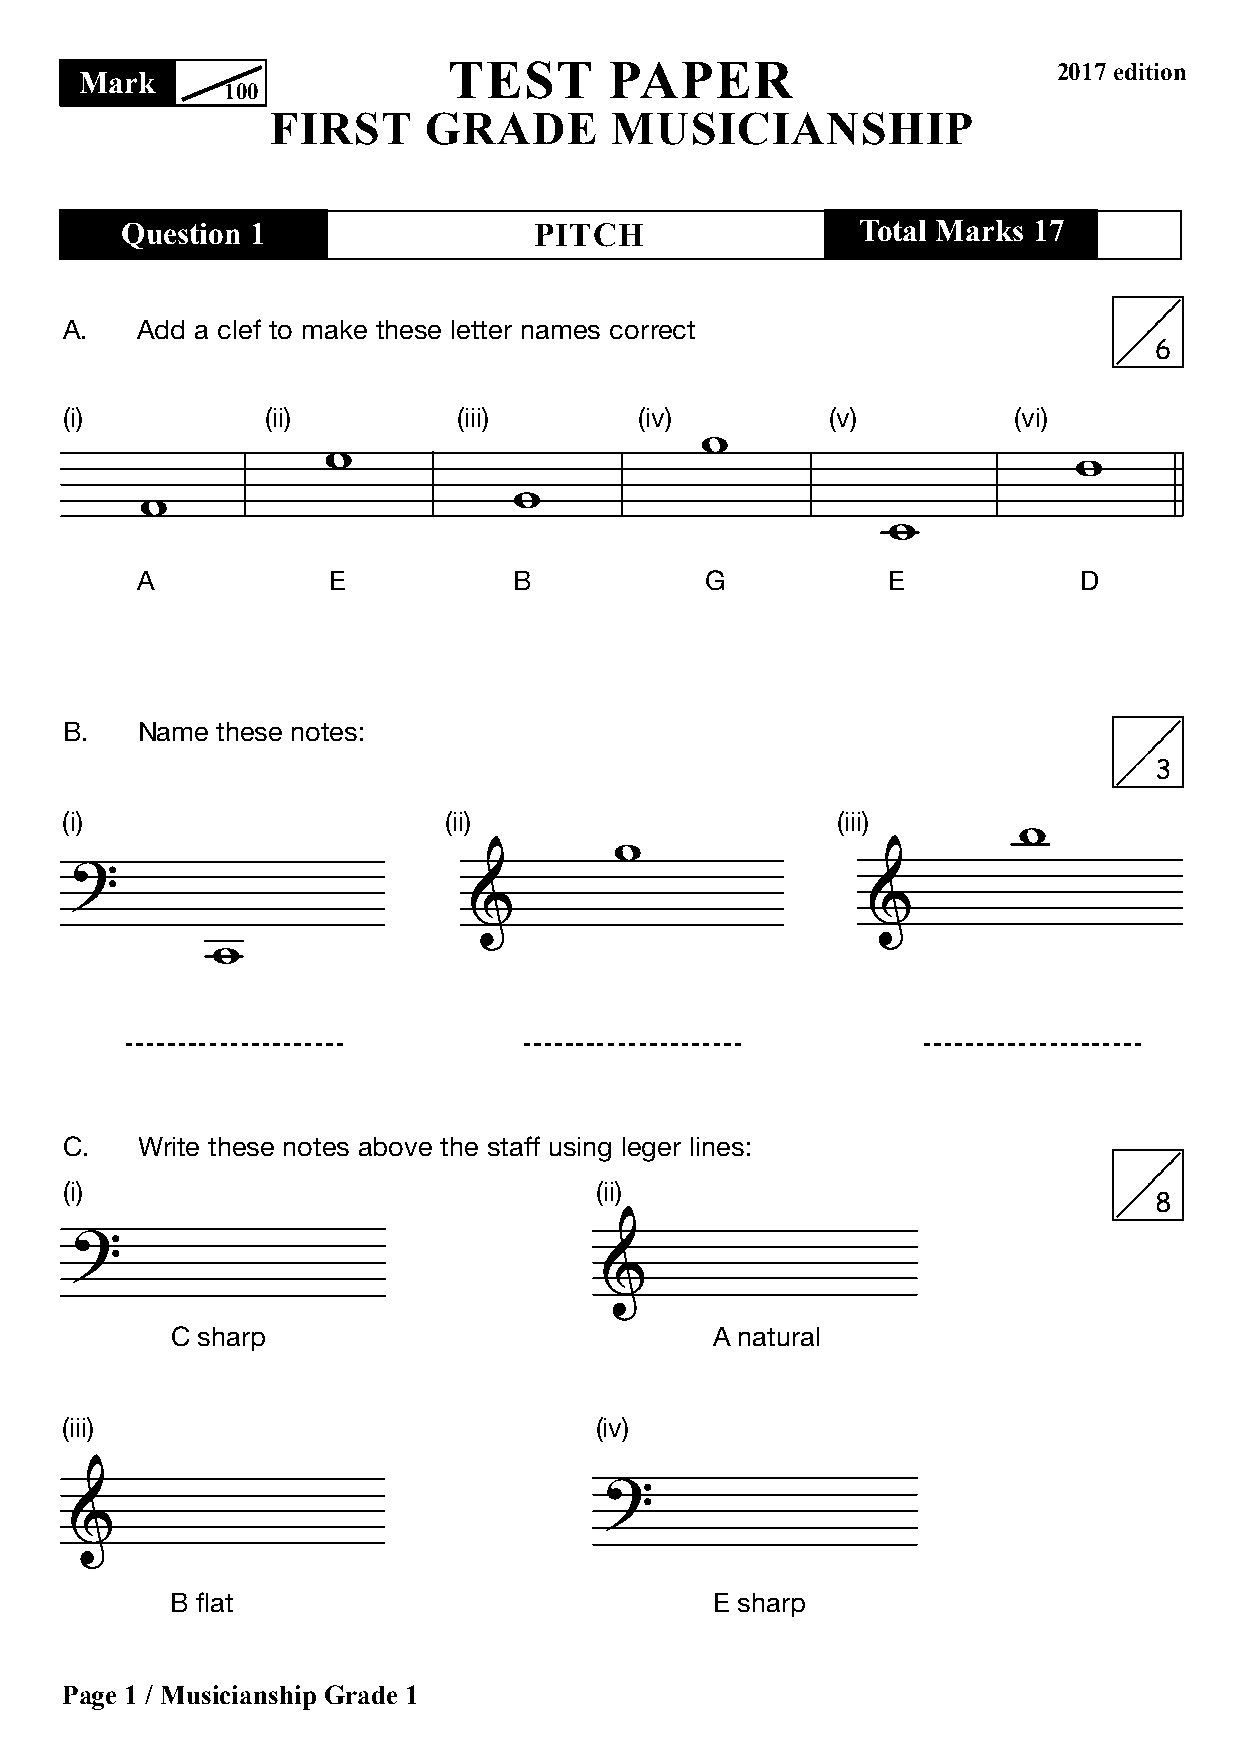
tTEeSsTt PpaAPpEeRr                     2017 edition
 MMaarrkk
 100
 100
 First     grade       Musicianship
 FIRST     GRADE      MUSICIANSHIP
 Question 1                 PITCH                 Total Marks 17
 Question 1                 pitch                 total Marks 17
 A.   Add a clef to make these letter names correct
 6
 (i)           (ii)        (iii)       (iv)         (v)         (vi)
 A            E           B            G           E           D
 B.   Name these notes:
 3
 (i)                      (ii)                      (iii)
 C.   Write these notes above the staff using leger lines:
 (i)                                (ii)
 8
 C sharp                             A natural
 (iii)                              (iv)
 B flat                              E sharp
 pPaaggee 11 // MMuussiicciiaannsshhipip G grardaed e1 1